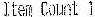
ITEM COUNT 1